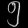
Digit: ၅